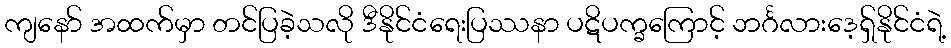
ကျနော် အထက်မှာ တင်ပြခဲ့သလို ဒီနိုင်ငံရေးပြဿနာ ပဋိပက္ခကြောင့် ဘင်္ဂလားဒေ့ရှ်နိုင်ငံရဲ့